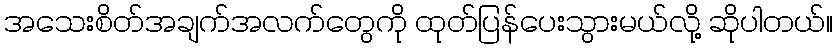
အသေးစိတ်အချက်အလက်တွေကို ထုတ်ပြန်ပေးသွားမယ်လို့ ဆိုပါတယ်။